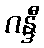
ဂန္ဒီ